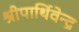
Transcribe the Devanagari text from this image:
श्रीपार्थिवेन्द्र